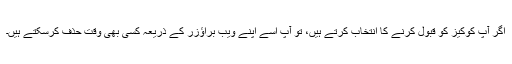
اگر آپ کوکیز کو قبول کرنے کا انتخاب کرتے ہیں، تو آپ اسے اپنے ویب براؤزر کے ذریعہ کسی بھی وقت حذف کرسکتے ہیں۔